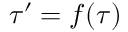
\tau ^ { \prime } = f ( \tau )